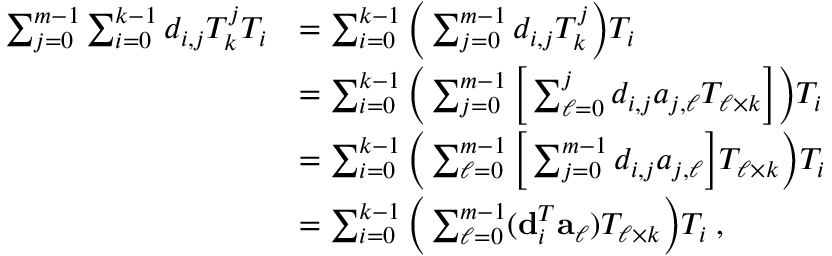
\begin{array} { r l } { \sum _ { j = 0 } ^ { m - 1 } \sum _ { i = 0 } ^ { k - 1 } d _ { i , j } T _ { k } ^ { j } T _ { i } } & { = \sum _ { i = 0 } ^ { k - 1 } \bigg ( \sum _ { j = 0 } ^ { m - 1 } d _ { i , j } T _ { k } ^ { j } \bigg ) T _ { i } } \\ & { = \sum _ { i = 0 } ^ { k - 1 } \bigg ( \sum _ { j = 0 } ^ { m - 1 } \bigg [ \sum _ { \ell = 0 } ^ { j } d _ { i , j } a _ { j , \ell } T _ { \ell \times k } \bigg ] \bigg ) T _ { i } } \\ & { = \sum _ { i = 0 } ^ { k - 1 } \bigg ( \sum _ { \ell = 0 } ^ { m - 1 } \bigg [ \sum _ { j = 0 } ^ { m - 1 } d _ { i , j } a _ { j , \ell } \bigg ] T _ { \ell \times k } \bigg ) T _ { i } } \\ & { = \sum _ { i = 0 } ^ { k - 1 } \bigg ( \sum _ { \ell = 0 } ^ { m - 1 } ( { \bf d } _ { i } ^ { T } { \bf a } _ { \ell } ) T _ { \ell \times k } \bigg ) T _ { i } \; , } \end{array}